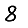
Digit: 8